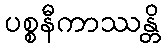
ပစ္စနီကာဿန္တိ